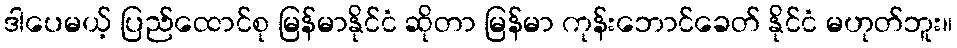
ဒါပေမယ့် ပြည်ထောင်စု မြန်မာနိုင်ငံ ဆိုတာ မြန်မာ ကုန်းဘောင်ခေတ် နိုင်ငံ မဟုတ်ဘူး။